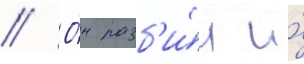
// О́н разб'и́л и́